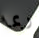
ربما